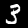
Digit: 3